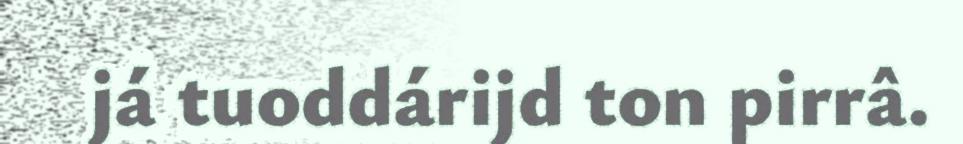
já tuoddárijd ton pirrâ.